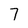
Character: 7